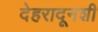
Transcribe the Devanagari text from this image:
देहरादूनशी